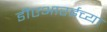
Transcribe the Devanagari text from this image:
डीएआरईच्या